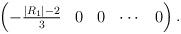
LaTeX: \begin{align*}\begin{pmatrix}-\frac{|R_1|-2}{3}&0&0&\cdots &0\end{pmatrix}.\end{align*}